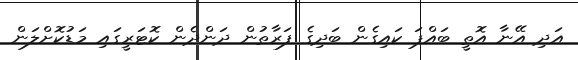
އަދި އޭނާ އޮތީ ބައްޕަ ކައިގެން ބަދިގެ ފަރާތުން ދަންދެން ކޮޓަރީގައި މަޑުކޮށްލަން